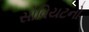
સોવિયટનો